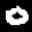
Label: 0